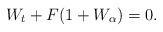
LaTeX: \begin{align*} W_t + F(1+W_\alpha) = 0.\end{align*}